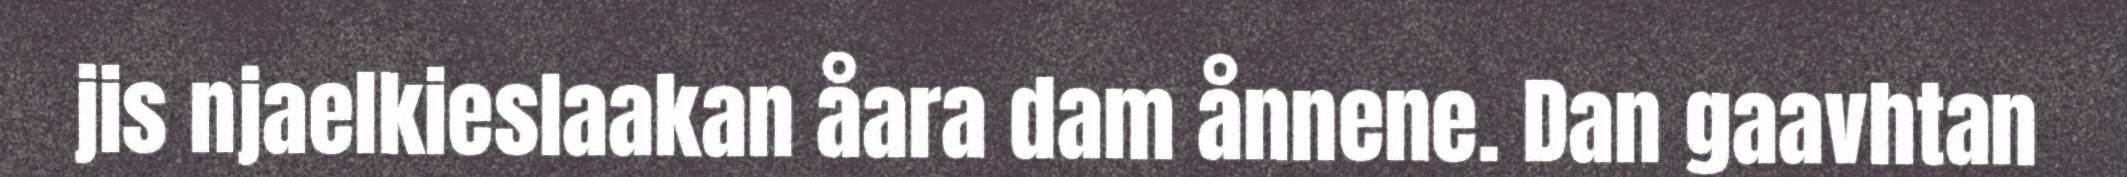
jis njaelkieslaakan åara dam ånnene. Dan gaavhtan